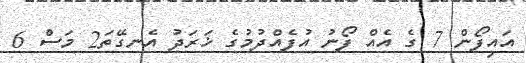
އައިފޯން 7 ގެ އެއް ފޯނު އުފެއްދުމުގެ ޚަރަދު އެނގޭތަ2 މަސް 6